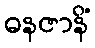
ဓနဇာနိံ